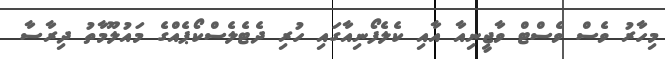
މިހާރު ވެސް ވެސްޓް ވާޖީނިއާ އާއި ކެލެފޯނިއާގައި ހުރި ދެޓެލެސްކޯޕެއްގެ މައުލޫމާތު ދިރާސާ